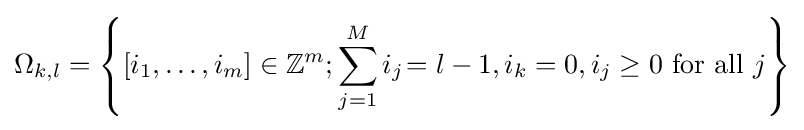
\Omega _{k,l}=\left\{[i_{1},\ldots ,i_{m}]\in \mathbb {Z} ^{m};\sum _{j=1}^{M}i_{j}\!=l-1,i_{k}=0,i_{j}\geq 0{\text{ for all }}j\right\}